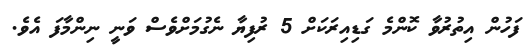
ފަހުން އިތުރުވާ ކޮންމެ ގަޑިއިރަކަށް 5 ރުފިޔާ ނެގުމަށްވެސް ވަނީ ނިންމާފަ އެވެ.